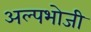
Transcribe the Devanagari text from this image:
अल्पभोजी